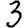
Digit: 3